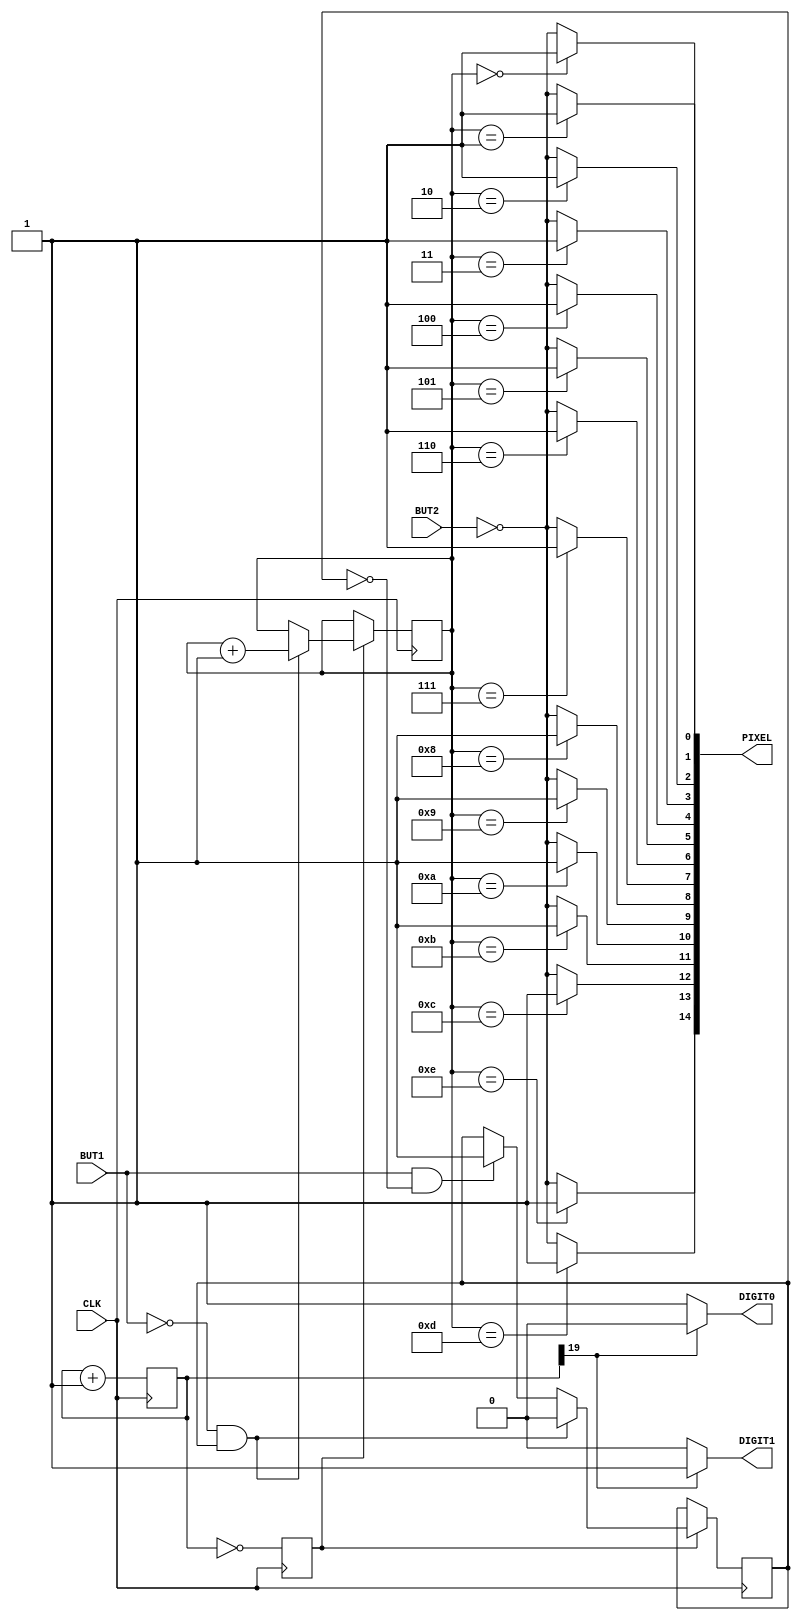
`default_nettype none

module top (
  input     CLK,    //input 100Mhz clock
  input     BUT1, BUT2,
  output    [14:0] PIXEL,
  output    DIGIT0, DIGIT1
);

localparam SPEED = 20;

    reg [SPEED-1:0] divider=0;
    reg stb=0;
    reg [3:0] led=0;
    wire line;
    reg lastBUT1=1;

    always @(posedge CLK) begin
        divider <= divider + 1;
        stb<=(divider == 0);
    end

    assign line=divider[19];

    always @(posedge CLK) begin
        if (stb) begin
            if (!BUT1 && lastBUT1) begin 
                lastBUT1<=1'b0;
                led<=led+1;
            end else if (BUT1 && !lastBUT1) begin
                lastBUT1<=1;
            end
        end
    end

    assign PIXEL[0]=(led==0) ? 1'b1 : !BUT2;
    assign PIXEL[1]=(led==1) ? 1'b1 : !BUT2;
    assign PIXEL[2]=(led==2) ? 1'b1 : !BUT2;
    assign PIXEL[3]=(led==3) ? 1'b1 : !BUT2;
    assign PIXEL[4]=(led==4) ? 1'b1 : !BUT2;
    assign PIXEL[5]=(led==5) ? 1'b1 : !BUT2;
    assign PIXEL[6]=(led==6) ? 1'b1 : !BUT2;
    assign PIXEL[7]=(led==7) ? 1'b1 : !BUT2;
    assign PIXEL[8]=(led==8) ? 1'b1 : !BUT2;
    assign PIXEL[9]=(led==9) ? 1'b1 : !BUT2;
    assign PIXEL[10]=(led==10) ? 1'b1 : !BUT2;
    assign PIXEL[11]=(led==11) ? 1'b1 : !BUT2;
    assign PIXEL[12]=(led==12) ? 1'b1 : !BUT2;
    assign PIXEL[13]=(led==13) ? 1'b1 : !BUT2;
    assign PIXEL[14]=(led==14) ? 1'b1 : !BUT2;

    assign DIGIT0=(line==0) ? 1'b1 : 1'b0;
    assign DIGIT1=(line==1) ? 1'b1 : 1'b0;


endmodule